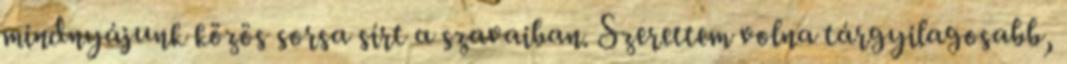
mindnyájunk közös sorsa sírt a szavaiban. Szerettem volna tárgyilagosabb,